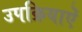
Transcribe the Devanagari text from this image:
उपक्रियाऐं